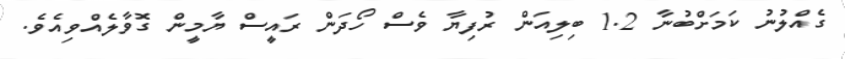
ގެއްލުނު ކަމަށްބުނާ 1.2 ބިލިއަން ރުފިޔާ ވެސް ހޯދަން ރައީސް ޔާމީން ގޮވާލެއްވިއެވެ.